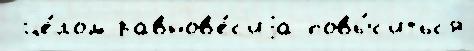
 це́лом равнов'е́с'иjа повы́с'итьс'я